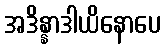
အဒိန္နာဒါယိနောပေ